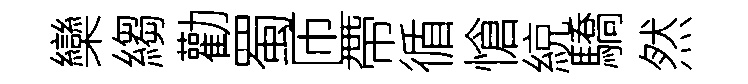
欒縐勸蜀匝帶循愴綂驕然